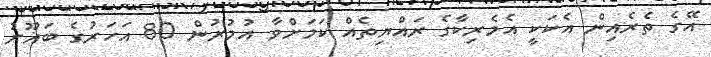
އޭގެ ތެރެއިން އެކަކީ އެމެރިކާގެ ރައްޔިތެއް ކަމަށްވާ އުމުރުން 80 އަހަރުގެ ބަޣޫރު